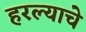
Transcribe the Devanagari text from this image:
हरल्याचे